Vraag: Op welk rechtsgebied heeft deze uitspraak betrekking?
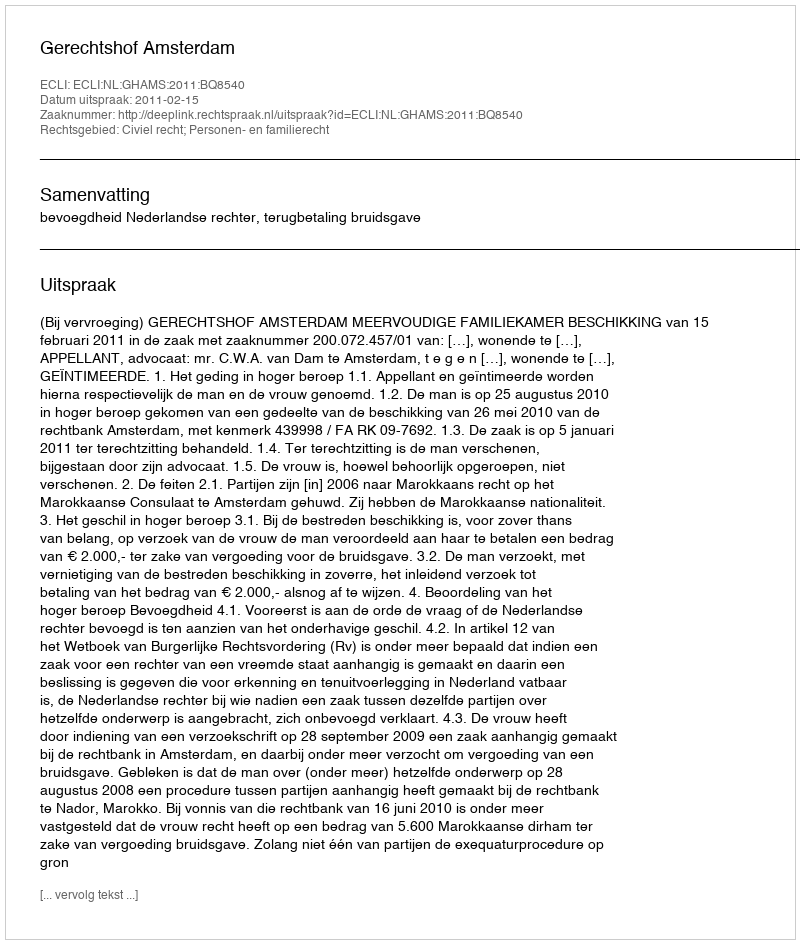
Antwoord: Civiel recht; Personen- en familierecht